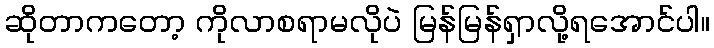
ဆိုတာကတော့ ကိုလာစရာမလိုပဲ မြန်မြန်ရှာလို့ရအောင်ပါ။